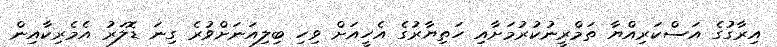
އިރާގުގެ އަސްކަރިއްޔާ ތަމްރީނުކުރުމަށާއި ހަތިޔާރުގެ އެހީއަށް ވިހި ބިލިއަނަށްވުރެ ގިނަ ޑޮލަރު އެމެރިކާއިން